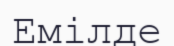
Емілде